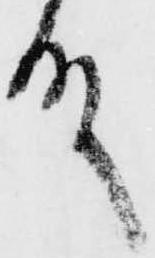
殿